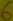
Text: 6